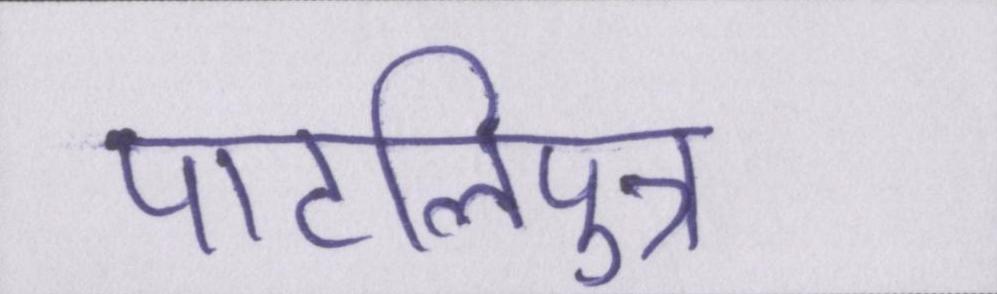
पाटलिपुत्र